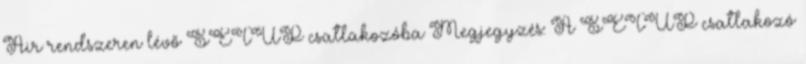
Air rendszeren lévő SETUP csatlakozóba Megjegyzés: A SETUP csatlakozó